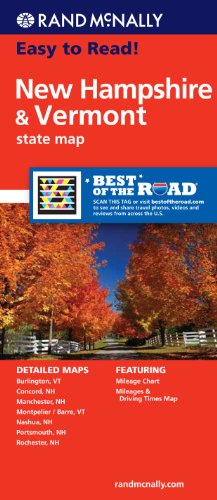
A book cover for Rand McNally Easy To Read: New Hampshire, Vermont; Rand McNally; Travel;